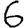
Digit: 6